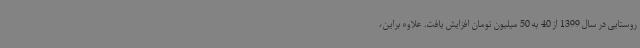
روستایی در سال 1399 از 40 به 50 میلیون تومان افزایش یافت. علاوه براین،